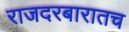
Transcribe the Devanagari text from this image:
राजदरबारातच